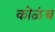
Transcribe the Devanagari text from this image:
कोळंब